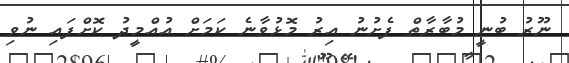
ނޫރު ބުނީ މުބާރާތް ފެށުނު އިރު މޮޅުވާނެ ކަމަށް އުއްމީދު ކޮށްފައި ނުވި